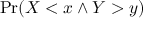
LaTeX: \operatorname* { P r } ( X < x \land Y > y )